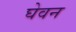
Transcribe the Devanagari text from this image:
घेवन